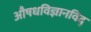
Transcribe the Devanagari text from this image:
अाैषधविज्ञानविद्